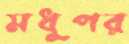
মধুপর